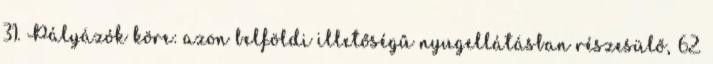
31. Pályázók köre: azon belföldi illetőségű nyugellátásban részesülő, 62.